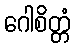
ဂေါစိတ္တံ